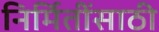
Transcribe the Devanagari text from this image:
निर्मितींसाठी